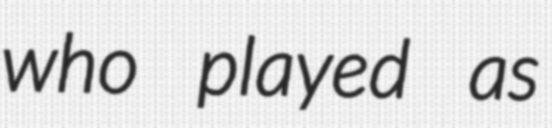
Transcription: who played as